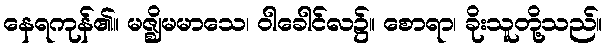
နေရကုန်၏။ မဇ္ဈိမမာသေ၊ ဝါခေါင်လ၌။ စောရာ၊ ခိုးသူတို့သည်။